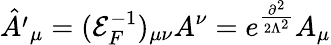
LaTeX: {\hat{A^{\prime}}}_{\mu}=({\mathcal{E}}_{F}^{-1})_{\mu\nu}A^{\nu}=e^{\frac{\partial^{2}}{2\Lambda^{2}}}A_{\mu}